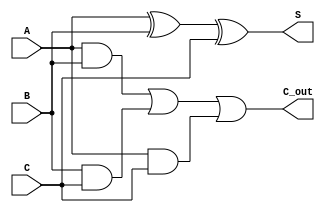
module carry_save_adder (
    input [7:0] A,
    input [7:0] B,
    input [7:0] C,
    output [7:0] S,
    output [7:0] C_out
);
    assign S = A ^ B ^ C; // Sum output
    assign C_out = (A & B) | (B & C) | (A & C); // Carry output
endmodule